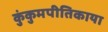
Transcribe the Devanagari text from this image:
कुंकुमपीतिकाया